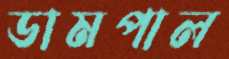
ডামপাল